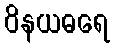
ဝိနယဓရေ